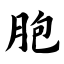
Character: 胞